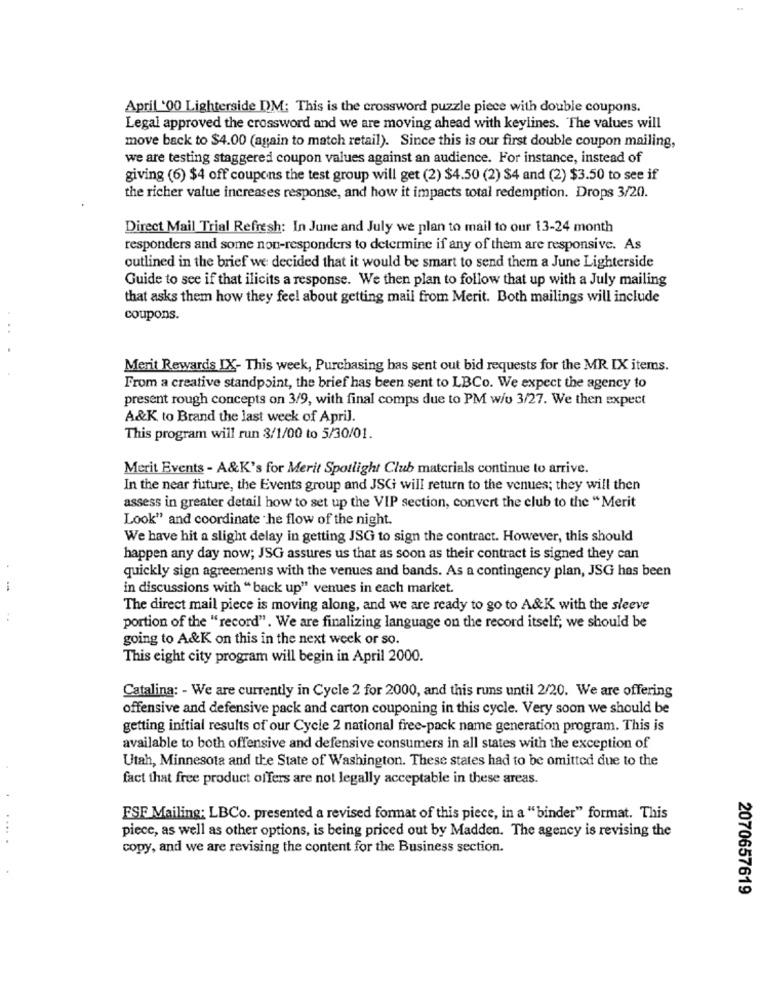
April '00 Lighterside DM: This is the crossword puzzle piece with double coupons.
Legal approved the crossword and we are moving ahead with keylines. The values will
move back to $4.00 (again to match retail). Since this is our first double coupon mailing,
we are testing staggered coupon values against an audience. For instance, instead of
giving (6) $4 off coupons the test group will get (2) $4.50 (2) $4 and (2) $3.50 to see if
the richer value increases response, and how it impacts total redemption. Drops 3/20.
Direct Mail Trial Refresh: In June and July we plan to mail to our 13-24 month
responders and some non-responders to determine if any of them are responsive. As
outlined in the brief we decided that it would be smart to send them a June Lighterside
Guide to see if that ilicits a response. We then plan to follow that up with a July mailing
that asks them how they feel about getting mail from Merit. Both mailings will include
coupons.
Merit Rewards IX- This week, Purchasing bas sent out bid requests for the MR IX items.
From a creative standpoint, the brief has been sent to LBCo. We expect the agency to
present rough concepts on 3/9, with final comps due to PM w/o 3/27. We then expect
A&K to Brand the last week of April.
This program will run 3/1/00 to 5/30/01.
Merit Events - A&K's for Merit Spotlight Club materials continue to arrive.
In the near future, the Events group and JSGi will return to the venues; they will then
assess in greater detail how to set up the VIP section, convert the club to the "Merit
Look" and coordinate he flow of the night.
We have hit a slight delay in getting JSG to sign the contract. However, this should
happen any day now; JSG assures us that as soon as their contract is signed they can
quickly sign agreements with the venues and bands. As a contingency plan, JSG has been
in discussions with "back up" venues in each market.
The direct mail piece is moving along, and we are ready to go to A&K with the sleeve
portion of the "record". We are finalizing language on the record itself; we should be
going to A&K on this in the next week or so.
This eight city program will begin in April 2000.
Catalina: - We are currently in Cycle 2 for 2000, and this runs until 2/20. We are offering
offensive and defensive pack and carton couponing in this cycle. Very soon we should be
getting initial results of our Cycle 2 national free-pack name generation program. This is
available to both offensive and defensive consumers in all states with the exception of
Utah, Minnesota and the State of Washington. These states had to be omitted due to the
fact that free product offers are not legally acceptable in these areas.
ESF Mailing: LBCo. presented a revised format of this piece, in a "binder" format. This
piece, as well as other options, is being priced out by Madden. The agency is revising the
.....
copy, and we are revising the content for the Business section.
2070657619